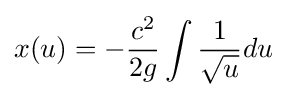
x(u)=-{\frac {c^{2}}{2g}}\int {\frac {1}{\sqrt {u}}}du